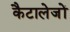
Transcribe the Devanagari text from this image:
कैटालेजों